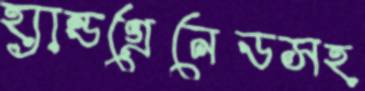
হ্যান্ডগ্রেনেডসহ